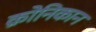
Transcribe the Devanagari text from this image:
क्रोनिकान